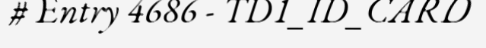
# Entry 4686 - TD1_ID_CARD